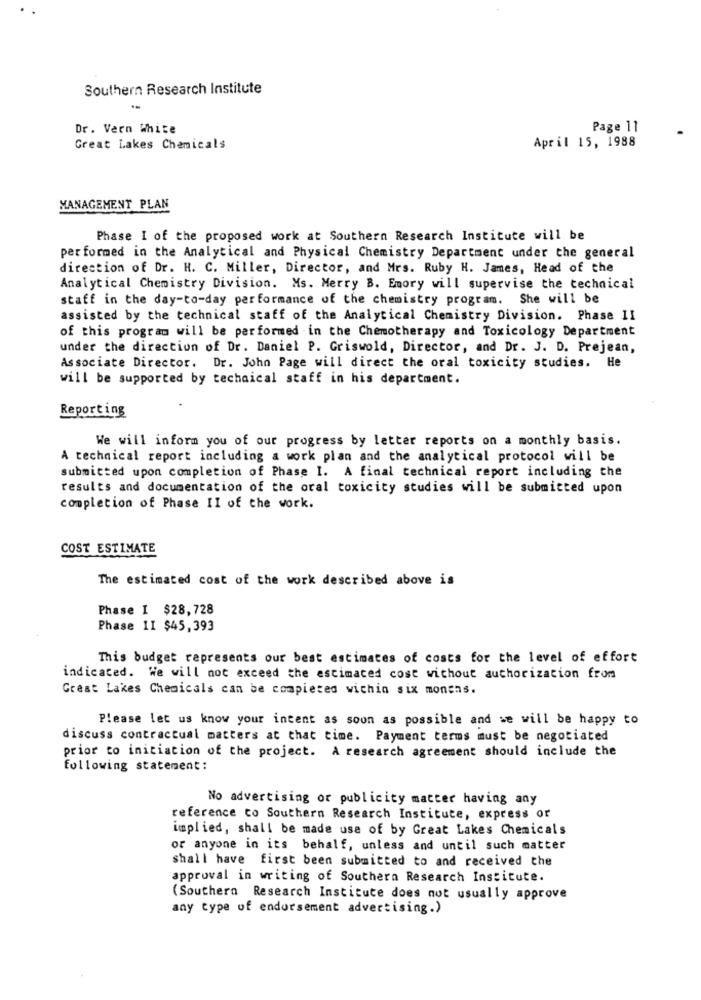
Southern Research Institute
Dr. Vern White
Page 11
Great Lakes Chemicals
April 15, 1988
MANAGEMENT PLAN
Phase I of the proposed work at Southern Research Institute will be
performed in the Analytical and Physical Chemistry Department under the general
direction of Dr. H. C. Miller, Director, and Mrs. Ruby H. James, Head of the
Analytical Chemistry Division. Ms. Merry B. Emory will supervise the technical
staff in the day-to-day performance of the chemistry program. She will be
assisted by the technical staff of the Analytical Chemistry Division. Phase II
of this program will be performed in the Chemotherapy and Toxicology Department
under the direction of Dr. Daniel P. Griswold, Director, and Dr. J. D. Prejean,
Associate Director. Dr. John Page will direct the oral toxicity studies. He
will be supported by technical staff in his department.
Reporting
We will inform you of our progress by letter reports on a monthly basis.
A technical report including a work plan and the analytical protocol will be
submitted upon completion of Phase I. A final technical report including the
results and documentation of the oral toxicity studies will be submitted upon
completion of Phase II of the work.
COST ESTIMATE
The estimated cost of the work described above is
Phase I $28,728
Phase II $45,393
This budget represents our best estimates of costs for the level of effort
indicated. We will not exceed the estimated cost without authorization from
Great Lakes Chemicals can be completed wichin six months.
Please let us know your intent as soon as possible and we will be happy to
discuss contractual matters at that time. Payment terms must be negotiated
prior to initiation of the project. A research agreement should include the
following statement :
No advertising or publicity matter having any
reference to Southern Research Institute, express or
implied, shall be made use of by Great Lakes Chemicals
or anyone in its behalf, unless and until such matter
shall have first been submitted to and received the
approval in writing of Southern Research Institute.
(Southern Research Institute does not usually approve
any type of endorsement advertising.)